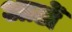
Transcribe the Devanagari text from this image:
आठोँ